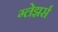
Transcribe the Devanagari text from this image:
ग्लेझर्स